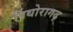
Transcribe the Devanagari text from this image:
पिथोरागढ़